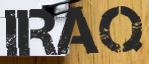
IRAQ